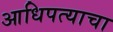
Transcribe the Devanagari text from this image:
आधिपत्याचा